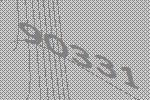
90331